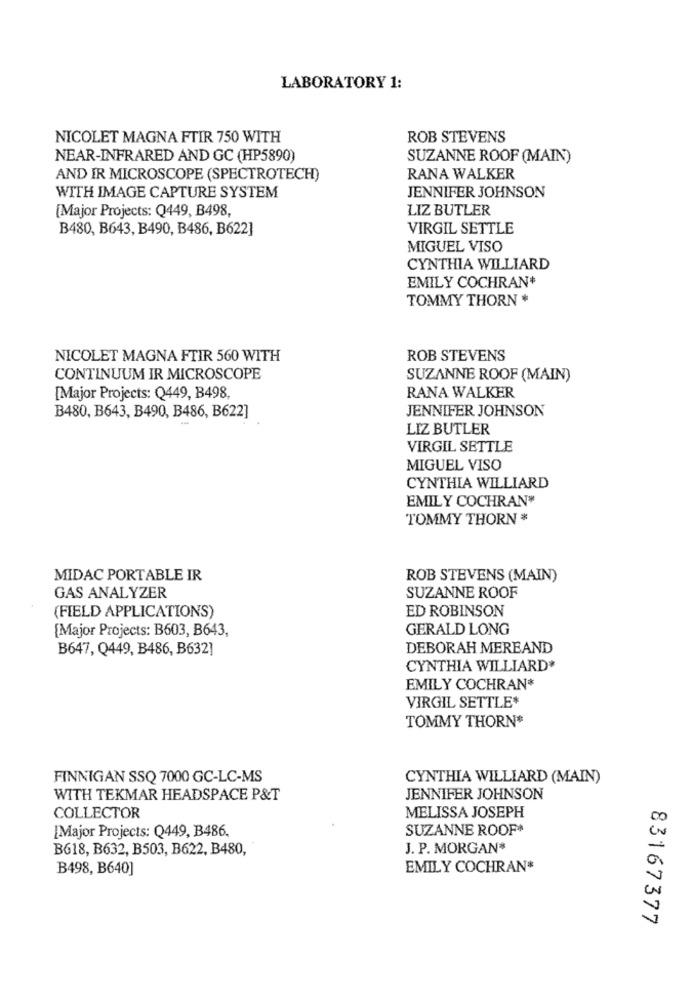
LABORATORY 1:
NICOLET MAGNA FTIR 750 WITH
ROB STEVENS
NEAR-INFRARED AND GC (HP5890)
SUZANNE ROOF (MAIN)
AND IR MICROSCOPE (SPECTROTECH)
RANA WALKER
JENNIFER JOHNSON
WITH IMAGE CAPTURE SYSTEM
(Major Projects: Q449, B498,
LIZ BUTLER
B480, B643, B490, B486, B622]
VIRGIL SETTLE
MIGUEL VISO
CYNTHIA WILLIARD
EMILY COCHRAN+
TOMMY THORN *
NICOLET MAGNA FTIR 560 WITH
ROB STEVENS
CONTINUUM IR MICROSCOPE
SUZANNE ROOF (MAIN)
[Major Projects: Q449, B498,
RANA WALKER
JENNIFER JOHNSON
B480, B643, B490, B486, B622]
LIZ BUTLER
VIRGIL SETTLE
MIGUEL VISO
CYNTHIA WILLIARD
EMILY COCHRAN*
TOMMY THORN *
MIDAC PORTABLE IR
ROB STEVENS (MAIN)
GAS ANALYZER
SUZANNE ROOF
(FIELD APPLICATIONS)
ED ROBINSON
[Major Projects: B603, B643,
GERALD LONG
B647, Q449, B486, B632]
DEBORAH MEREAND
CYNTHIA WILLIARD*
EMILY COCHRAN*
VIRGIL SETTLE*
TOMMY THORN*
FINNIGAN SSQ 7000 GC-LC-MS
CYNTHIA WILLIARD (MAIN)
WITH TEKMAR HEADSPACE P&T
JENNIFER JOHNSON
MELISSA JOSEPH
COLLECTOR
SUZANNE ROOF#
[Major Projects: Q449, B486.
B618, B632, B503, B622, B480,
J. P. MORGAN*
B498, B640]
EMILY COCHRAN*
83167377